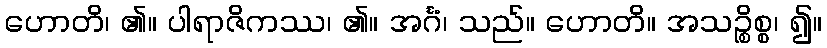
ဟောတိ၊ ၏။ ပါရာဇိကဿ၊ ၏။ အင်္ဂံ၊ သည်။ ဟောတိ။ အသဉ္စိစ္စ၊ ၍။